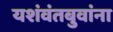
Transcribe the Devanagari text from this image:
यशंवंतबुवांना